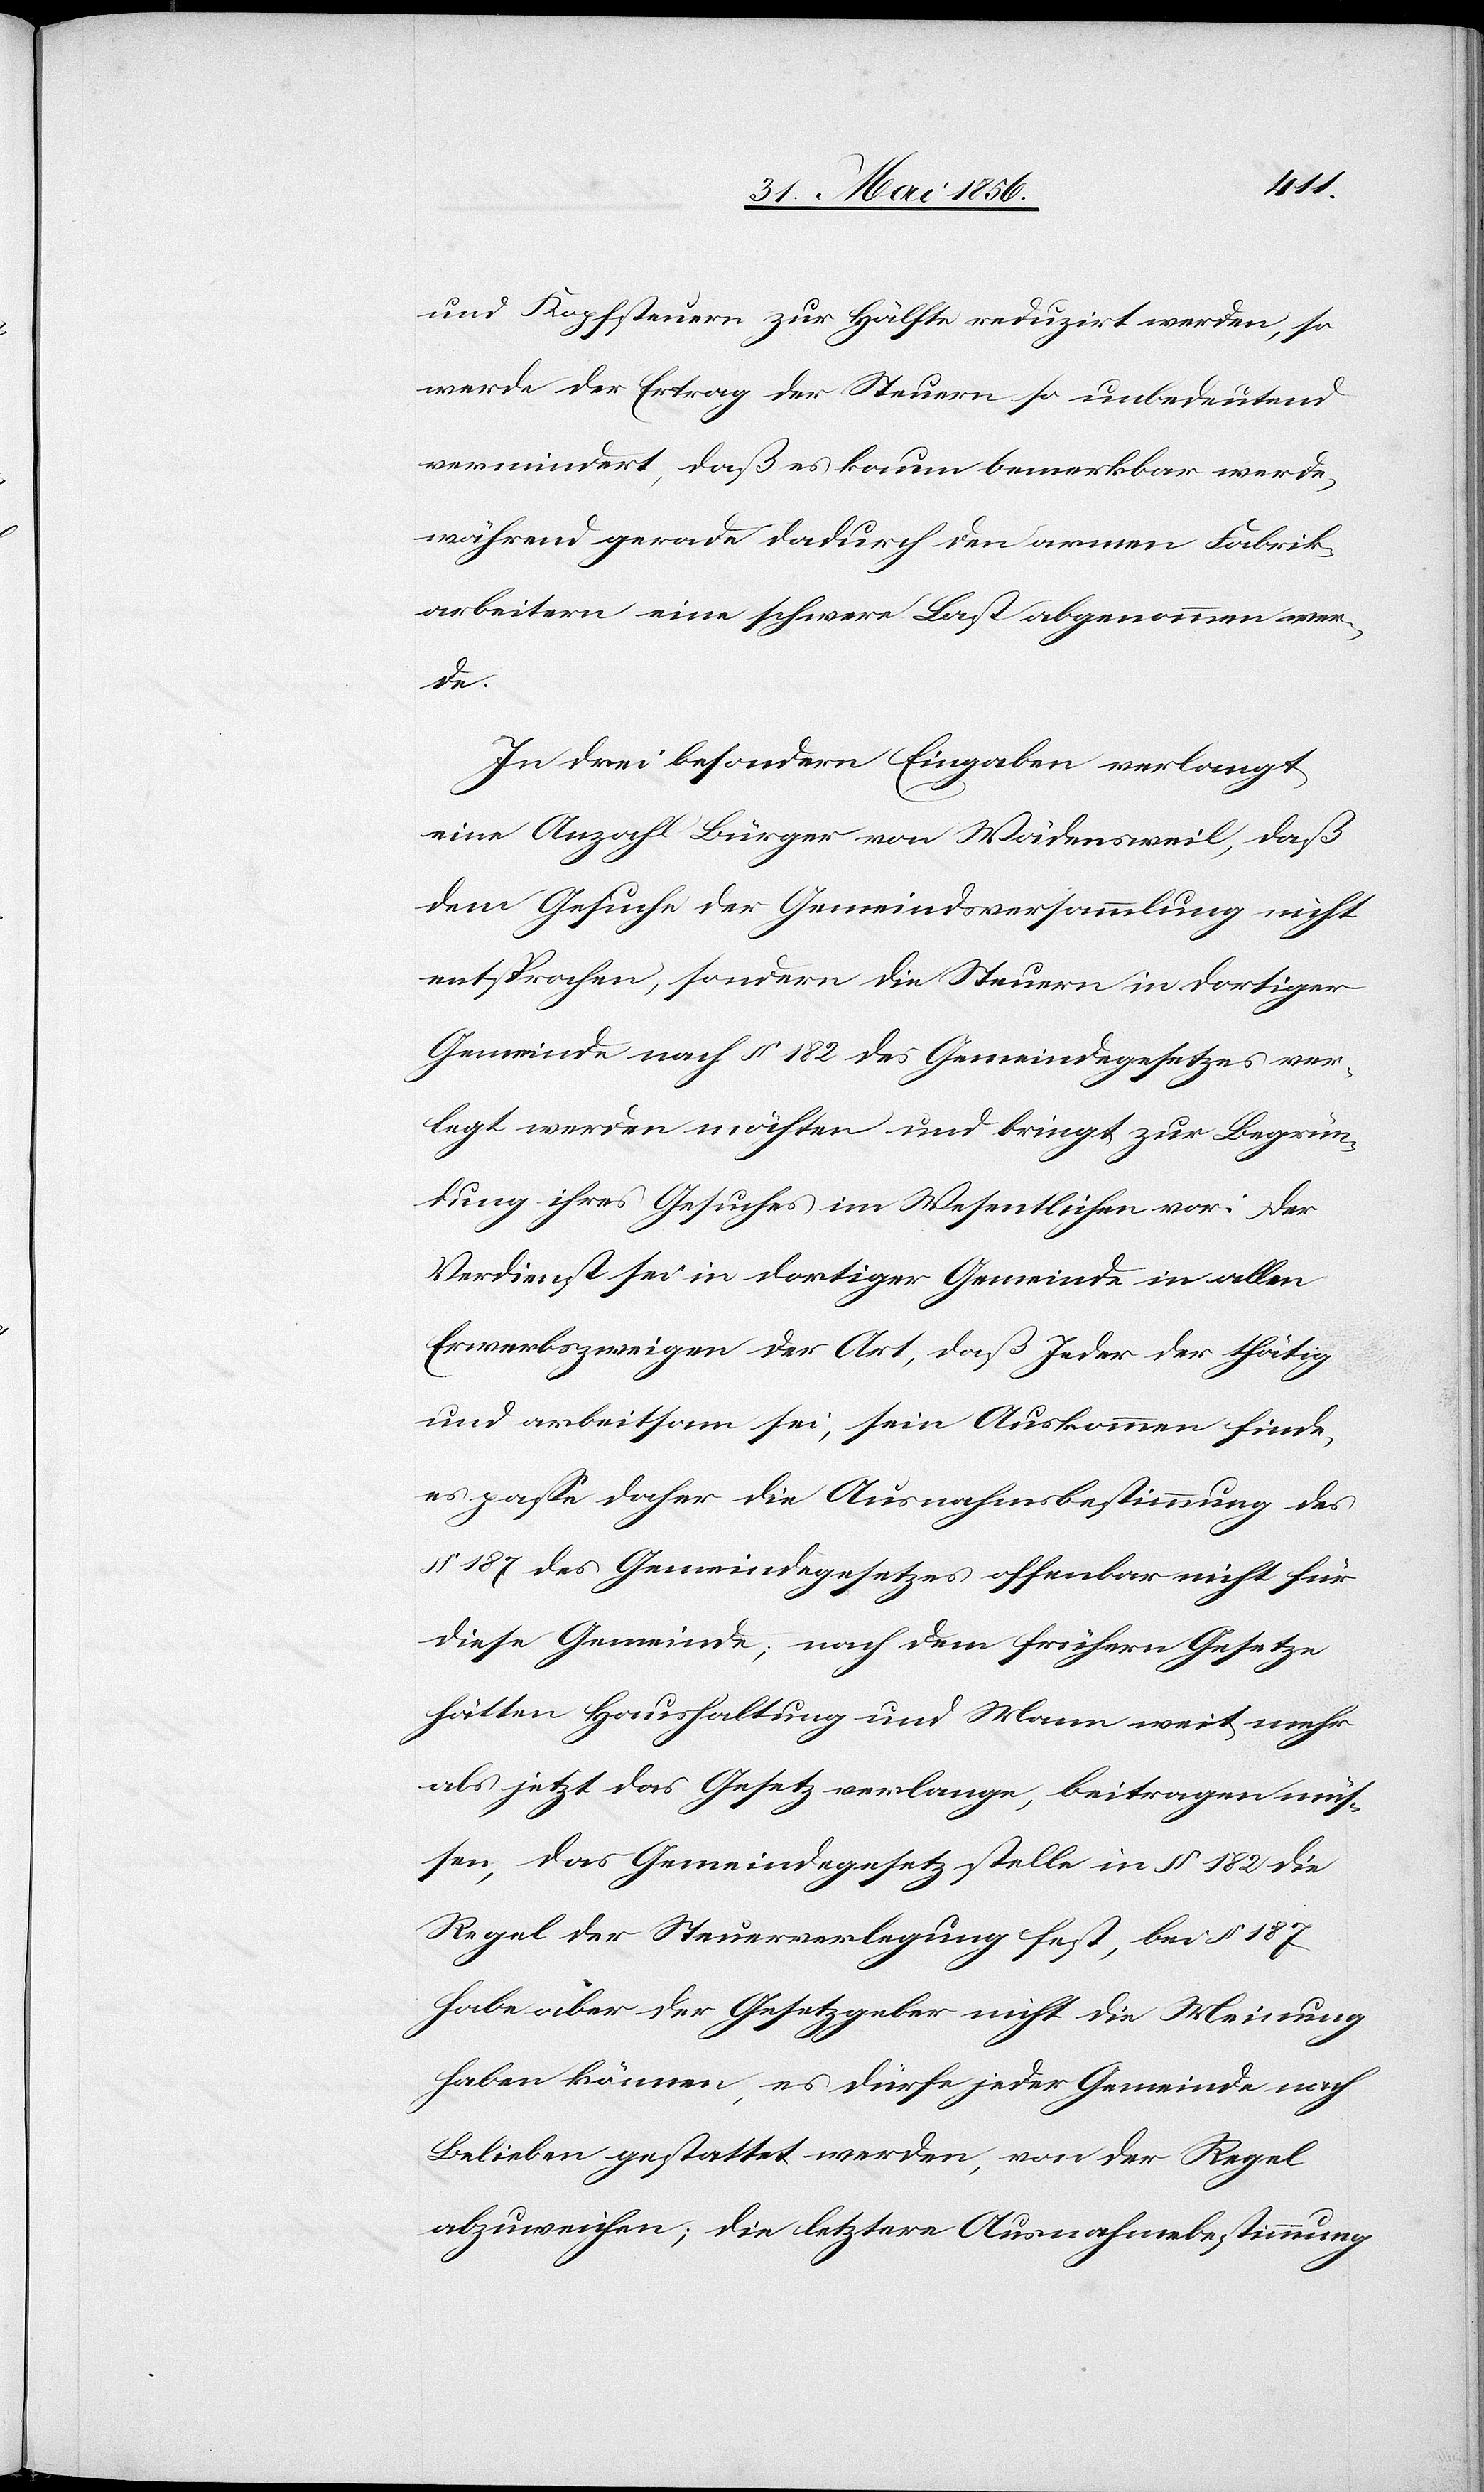
und Kopfsteuern zur Hälfte reduzirt werden, so
werde der Ertrag der Steuern so unbedeutend
vermindert, daß es kaum bemerkbar werde,
während gerade dadurch den armen Fabrik¬
arbeitern eine schwere Last abgenommen wer¬
de.
In drei besondern Eingaben verlangt
eine Anzahl Bürger von Wädensweil, daß
dem Gesuche der Gemeindsversammlung nicht
entsprochen, sondern die Steuern in dortiger
Gemeinde nach § 182 des Gemeindegesetzes ver¬
legt werden möchten und bringt zur Begrün¬
dung ihres Gesuches im Wesentlichen vor: Der
Verdienst sei in dortiger Gemeinde in allen
Erwerbszweigen der Art, daß Jeder der thätig
und arbeitsam sei, sein Auskommen finde,
es passe daher die Ausnahmsbestimmung des
§ 187 des Gemeindegesetzes offenbar nicht für
diese Gemeinde; nach dem frühern Gesetze
hätten Haushaltung und Mann weit mehr
als jetzt das Gesetz verlange, beitragen müs¬
sen, das Gemeindegesetz stelle in § 182 die
Regel der Steuerverlegung fest, bei § 187
habe aber der Gesetzgeber nicht die Meinung
haben können, es dürfe jeder Gemeinde nach
Belieben gestattet werden, von der Regel
abzuweichen; die letztere Ausnahmebestimmung